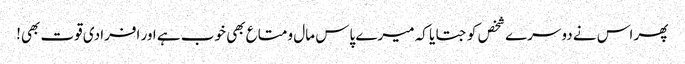
پھر اس نے دوسرے شخص کو جتایا کہ میرے پاس مال و متاع بھی خوب ہے اور افرادی قوت بھی!